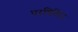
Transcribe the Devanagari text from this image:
परचिलित